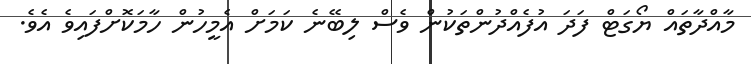
މާއްދާތައް ޔޯގަޓް ފަދަ އުފެއްދުންތަކުން ވެސް ލިބޭނެ ކަމަށް އެމީހުން ހާމަކޮށްފައިވެ އެވެ.